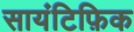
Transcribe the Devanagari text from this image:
सायंटिफ़िक